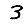
Digit: 3